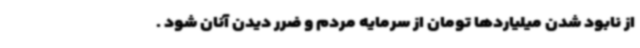
از نابود شدن میلیاردها تومان از سرمایه مردم و ضرر دیدن آنان شود .